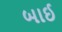
બાઈ